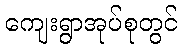
ကျေးရွာအုပ်စုတွင်